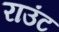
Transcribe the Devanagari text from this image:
राउंट